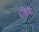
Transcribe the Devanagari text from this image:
८डिग्री